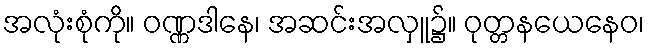
အလုံးစုံကို။ ဝဏ္ဏဒါနေ၊ အဆင်းအလှူ၌။ ဝုတ္တနယေနေဝ၊